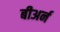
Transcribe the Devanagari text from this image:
बीअर्न